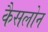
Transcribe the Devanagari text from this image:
कैसलोन